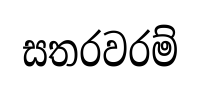
සතරවරම්